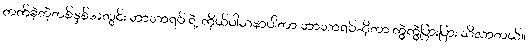
တက်ခဲ့တဲ့တစ်နှစ်အတွင်း ဘာသာရပ် ရဲ့ ကိုယ်ဝါသနာပါတာ ဘာသာရပ်ဆိုတာ ကွဲကွဲပြားပြား သိလာတယ်။